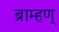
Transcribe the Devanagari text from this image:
ब्राम्हण्